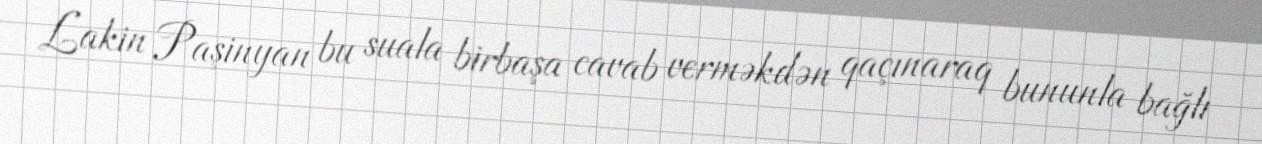
Lakin Paşinyan bu suala birbaşa cavab verməkdən qaçınaraq bununla bağlı